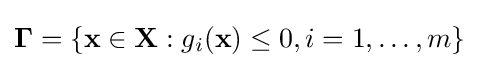
\mathbf {\Gamma } =\left\{\mathbf {x} \in \mathbf {X} :g_{i}(\mathbf {x} )\leq 0,i=1,\ldots ,m\right\}